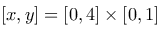
[ x , y ] = [ 0 , 4 ] \times [ 0 , 1 ]